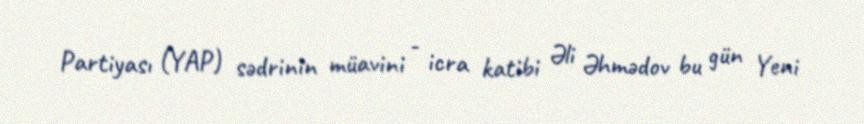
Partiyası (YAP) sədrinin müavini - icra katibi Əli Əhmədov bu gün Yeni